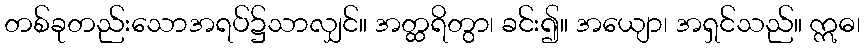
တစ်ခုတည်းသောအရပ်၌သာလျှင်။ အတ္ထရိတွာ၊ ခင်း၍။ အယျော၊ အရှင်သည်။ ဣဓ၊